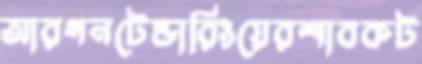
আরগনটেন্ডারিংয়েরশাবকট